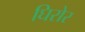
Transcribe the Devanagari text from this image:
घिरोर